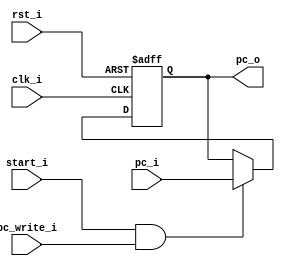
module PC
(
    clk_i,
    rst_i,
    start_i,
    pc_i,
	pc_write_i,
    pc_o
);

// ports
input               clk_i;
input               rst_i;
input               start_i;
input				pc_write_i;
input   [31:0]      pc_i;
output  [31:0]      pc_o;

// wires, registers
reg     [31:0]      pc_o;


always@(posedge clk_i or negedge rst_i) begin
    if(~rst_i) begin
        pc_o <= 32'b0;
    end
    else begin
        if((start_i && pc_write_i == 1) || (pc_write_i != 1 && pc_write_i != 0))
            pc_o <= pc_i;
        else if(pc_write_i == 0)
            pc_o <= pc_o;
    end
end

endmodule